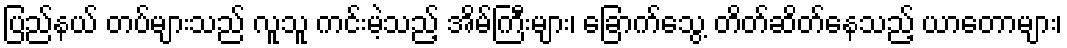
ပြည်နယ် တပ်များသည် လူသူ ကင်းမဲ့သည့် အိမ်ကြီးများ၊ ခြောက်သွေ့ တိတ်ဆိတ်နေသည့် ယာတောများ၊